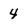
Character: 4